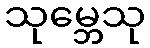
သုမ္ဘေသု